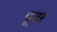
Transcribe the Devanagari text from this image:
पूडर